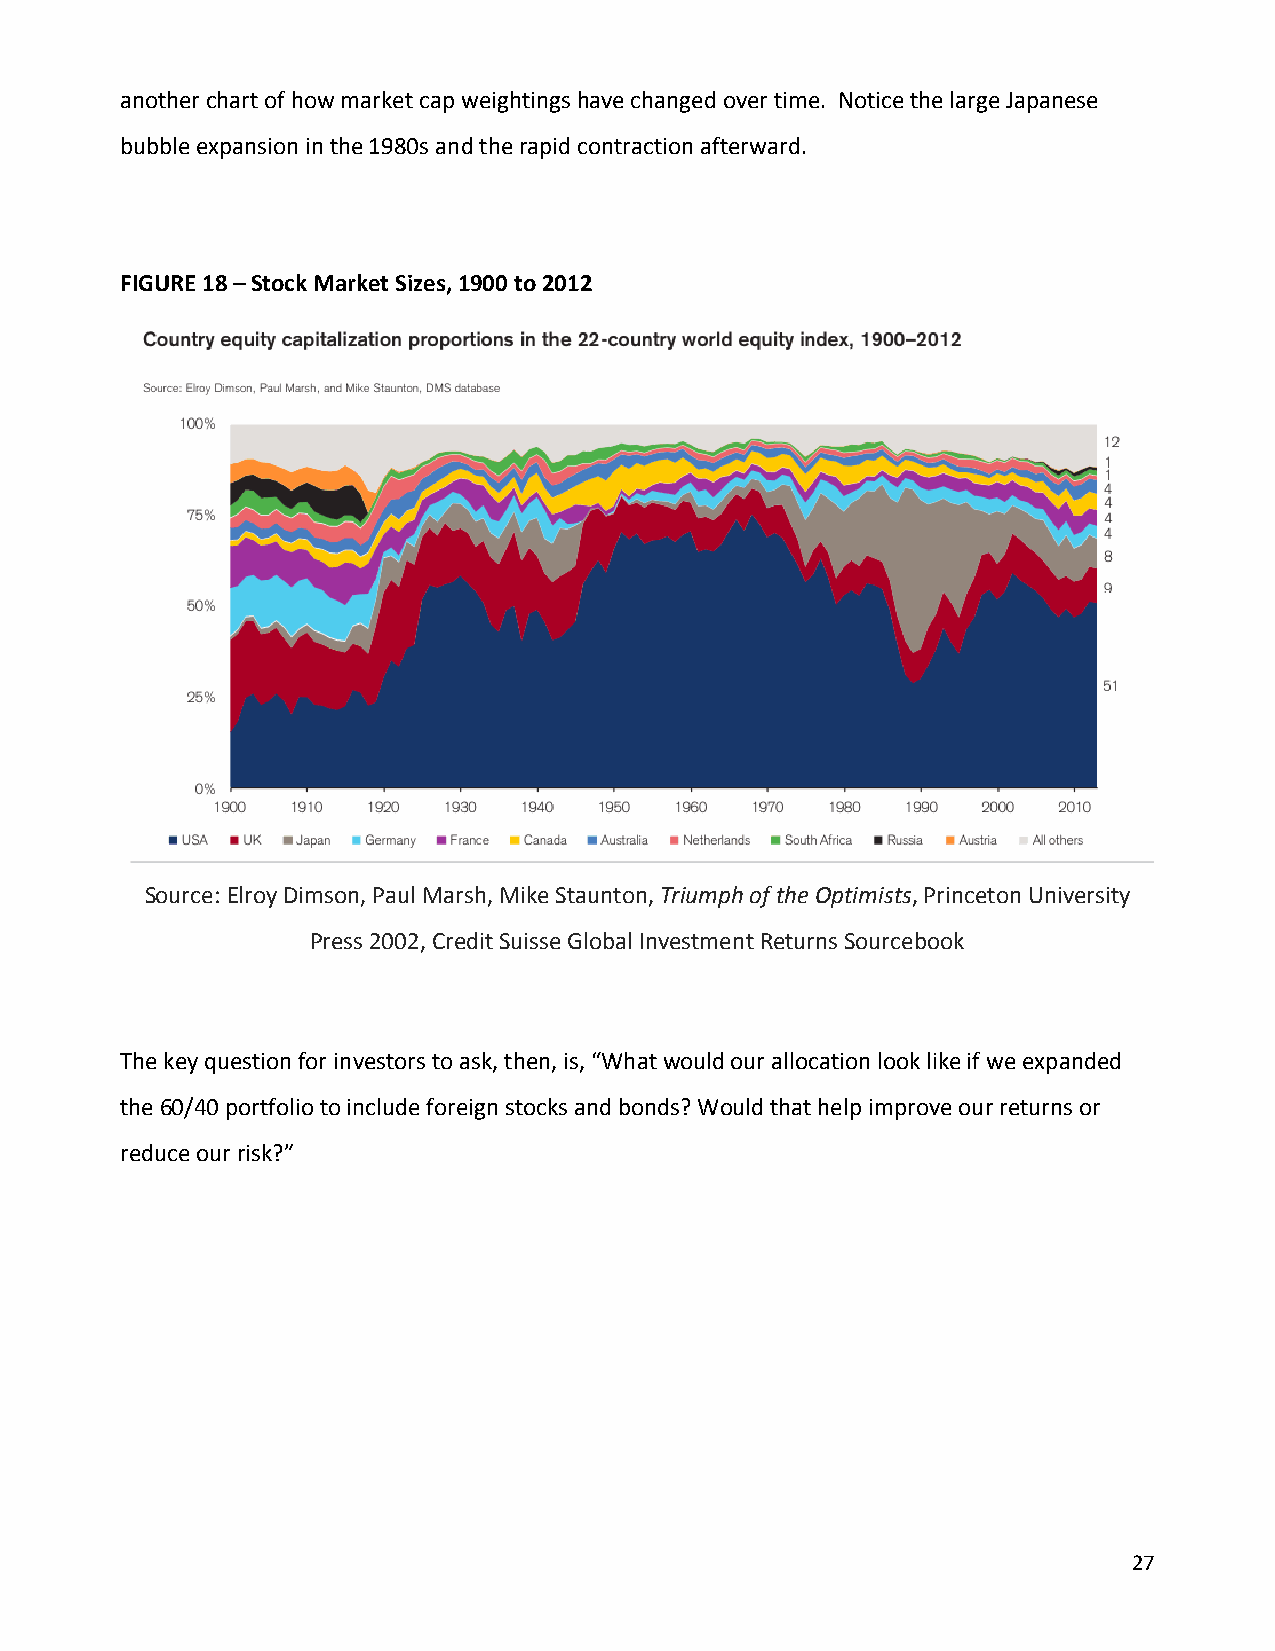
another chart of how market cap weightings have changed over time. Notice the large Japanese
 bubble expansion in the 1980s and the rapid contraction afterward.
 FIGURE 18 – Stock Market Sizes, 1900 to 2012
 Source: Elroy Dimson, Paul Marsh, Mike Staunton, Triumph of the Optimists, Princeton University
 Press 2002, Credit Suisse Global Investment Returns Sourcebook
 The key question for investors to ask, then, is, “What would our allocation look like if we expanded
 the 60/40 portfolio to include foreign stocks and bonds? Would that help improve our returns or
 reduce our risk?”
 27